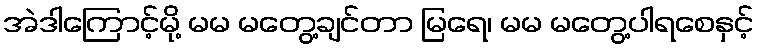
အဲဒါကြောင့်မို့ မမ မတွေ့ချင်တာ မြရေ၊ မမ မတွေ့ပါရစေနှင့်